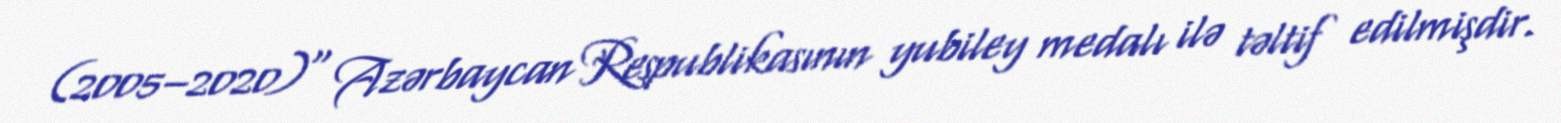
(2005–2020)" Azərbaycan Respublikasının yubiley medalı ilə təltif edilmişdir.